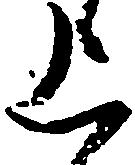
上